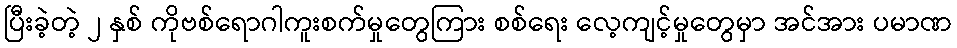
ပြီးခဲ့တဲ့ ၂ နှစ် ကိုဗစ်ရောဂါကူးစက်မှုတွေကြား စစ်ရေး လေ့ကျင့်မှုတွေမှာ အင်အား ပမာဏ